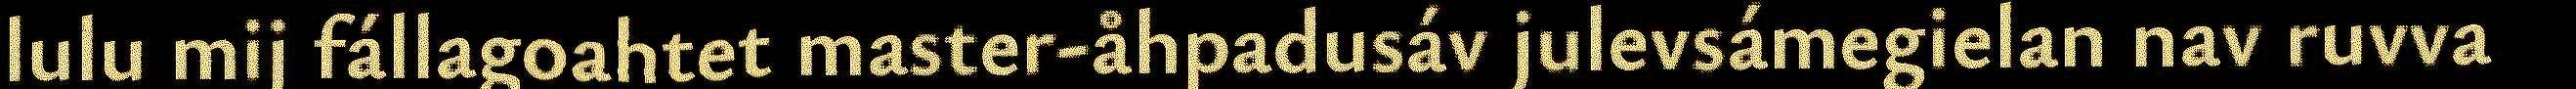
lulu mij fállagoahtet master-åhpadusáv julevsámegielan nav ruvva